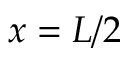
x = L / 2